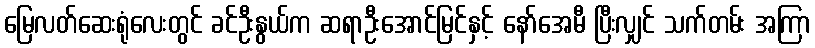
မြေလတ်ဆေးရုံလေးတွင် ခင်ဦးနွယ်က ဆရာဦးအောင်မြင်နှင့် နော်အေမီ ပြီးလျှင် သက်တမ်း အကြာ